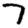
Digit: 7